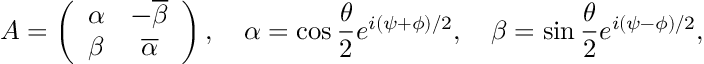
A = \left( \begin{array} { c c } { { \alpha } } & { { - \overline { { { \beta } } } } } \\ { { \beta } } & { { \overline { { { \alpha } } } } } \end{array} \right) , \quad \alpha = \cos { \frac { \theta } { 2 } } e ^ { i ( \psi + \phi ) / 2 } , \quad \beta = \sin { \frac { \theta } { 2 } } e ^ { i ( \psi - \phi ) / 2 } ,